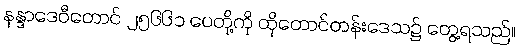
နန္ဒာဒေဝီတောင် ၂၅၆၆၁ ပေတို့ကို ထိုတောင်တန်းဒေသ၌ တွေ့ရသည်။